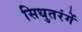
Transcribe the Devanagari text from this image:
सिधुतरंगें